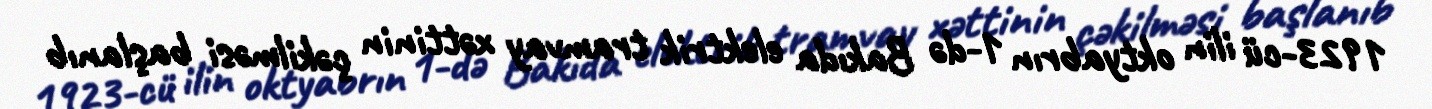
1923-cü ilin oktyabrın 1-də Bakıda elektrik tramvay xəttinin çəkilməsi başlanıb